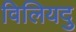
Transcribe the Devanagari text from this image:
विलियदु